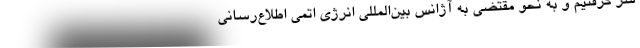
سر گرفتیم و به نحو مقتضی به آژانس بین‌المللی انرژی اتمی اطلاع‌رسانی